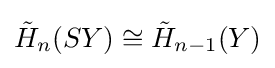
{\tilde {H}}_{n}(SY)\cong {\tilde {H}}_{n-1}(Y)